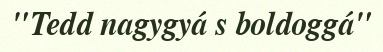
"Tedd nagygyá s boldoggá"